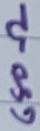
Text: 680Ω